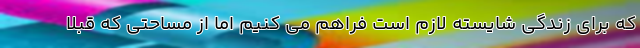
که برای زندگی شایسته لازم است فراهم می کنیم اما از مساحتی که قبلا